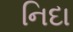
નિદા